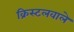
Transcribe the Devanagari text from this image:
क्रिस्टलवाले